Lunatic asylums Madras 1877-1891 - 1877-1891
Year: 1877
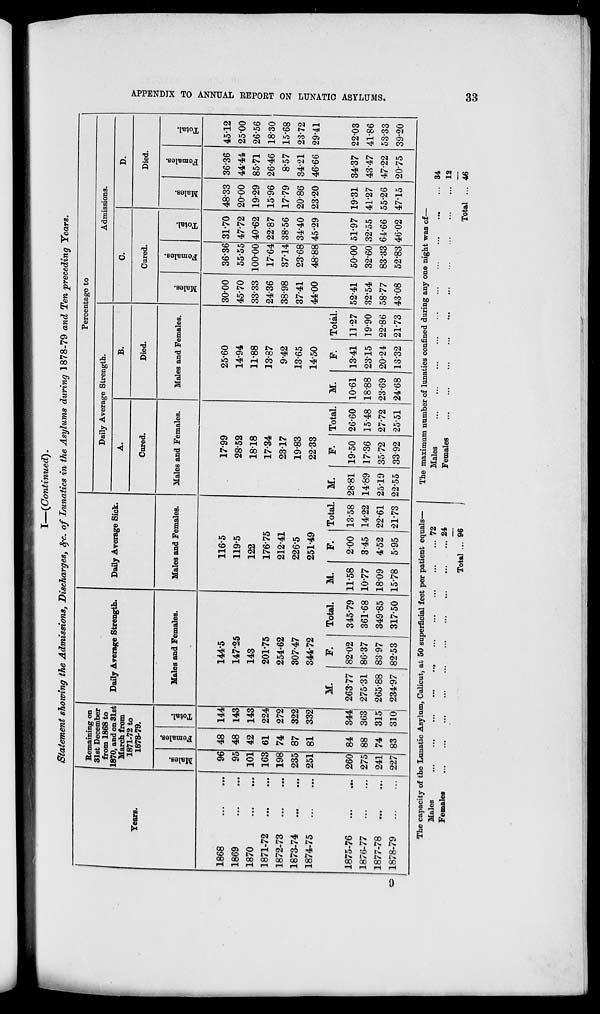
APPENDIX TO ANNUAL REPORT ON LUNATIC ASYLUMS.
33
I—(Continued).
Statement showing the Admissions, Discharges, &c. of Lunatics in the Asylums during 1878-79 and Ten preceding Years.
Years.
1868 ... ...
1869 ... ...
1870
...
...
1871-72
...
...
1872-73
...
...
1873-74
...
...
1874-75
...
...
1875-76
...
...
1876-77
...
...
1877-78
...
...
1878-79
...
...
Remaining on
3lst December
from 1868 to
1870, and on 31st
March from
1871-72 to
1878-79.
Males.
96
95
101
163
198
235
251
260
275
241
227
Females.
48
48
42
61
74
87
81
84
88
74
83
Total.
144
143
143
224
272
322
332
344
363
315
310
Daily Average Strength.
Males and Females.
144.5
147.25
143
201.75
254.62
307.47
344.72
M.
263.77
275.31
265.88
234.97
F.
82.02
86.37
83.97
82.53
Total.
345.79
361.68
349.85
317.50
Daily Average Sick.
Males and Females.
116.5
119.5
122
176.75
212.41
226.5
251.49
M.
11.58
10.77
18.09
15.78
F.
2.00
3.45
4.52
5.95
Total.
13.58
14.22
22.61
2173
Percentage to
Daily Average Strength.
A.
Cured.
Males and Females.
17.99
28.52
18.18
17.34
23.17
19.83
22.33
M.
28.81
14.89
25.19
22.55
F.
19.50
17.36
35.72
33.92
Total.
26.60
15.48
27.72
25.51
B.
Died.
Males and Females.
25.60
14.94
11.88
13.87
9.42
13.65
14.50
M.
10.61
18.88
23.69
24.68
F.
13.41
23.15
20.24
13.32
Total.
11.27
19.90
22.86
21.73
Admissions.
C.
Cured.
Males.
30.00
45.70
33.33
24.36
38.98
37.41
44.00
52.41
32.54
58.77
43.08
Females.
36.36
55.55
100.00
17.64
37.14
23.68
48.88
50.00
32.60
83.33
52.83
Total.
31.70
47.72
40.62
22.87
38.56
34.40
45.29
51.97
32.55
64.66
46.02
D.
Died.
Males.
48.33
20.00
19.29
15.96
17.79
20.86
23.20
19.31
41.27
55.26
47.15
Females.
36.36
44.44
85.71
26.46
8.57
34.21
46.66
34.37
43.47
47.22
20.75
Total.
4512
25.00
26.56
18.30
15.68
23.72
29.41
22.03
41.86
53.33
39.20
The capacity of the Lunatic Asylum, Calicut, at 50 superficial feet per patient equals—
Males
...
...
...
...
...
...
...
...
...
...
Females
...
...
...
...
...
...
...
...
...
...
Total ...
72
24
96
The maximum number of lunatics confined during any one night was of—
Males
...
...
...
...
...
...
...
...
...
...
Females
...
...
...
...
...
...
...
...
...
...
Total ...
34
12
46
9